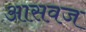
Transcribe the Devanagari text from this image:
आसवज